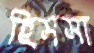
হিসসা